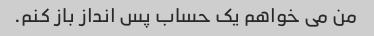
من می خواهم یک حساب پس انداز باز کنم.